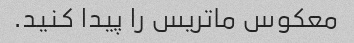
معکوس ماتریس را پیدا کنید.